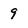
Character: 9